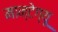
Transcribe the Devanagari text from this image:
मान्टेग्यू